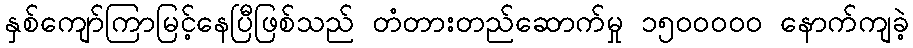
နှစ်ကျော်ကြာမြင့်နေပြီဖြစ်သည် တံတားတည်ဆောက်မှု ၁၅၀၀ဝဝဝ နောက်ကျခဲ့